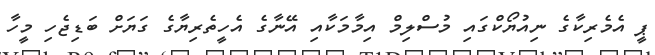
ޕީ އެމެރިކާގެ ނިއުޔޯކްގައި މުސްލިމް އިމާމަކާއި އޭނާގެ އެހީތެރިޔާގެ ގަޔަށް ބަޑިޖެހި މީހާ